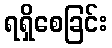
ရရှိစေခြင်း